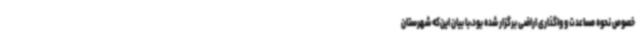
خصوص نحوه مساعدت و واگذاری اراضی برگزار شده بود،با بیان این‌که شهرستان